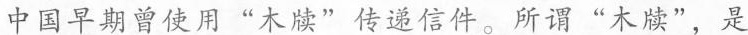
中国早期曾使用“木牍”传递信件。所谓“木牍”，是